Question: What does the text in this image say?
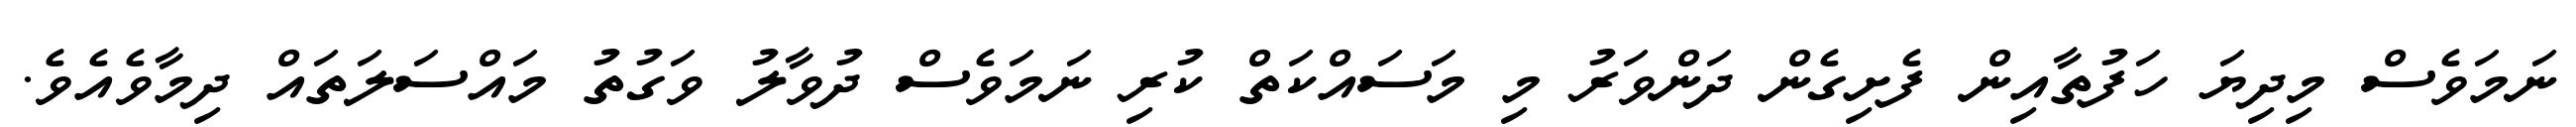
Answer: ނަމަވެސް މިދިޔަ ހަފުތާއިން ފެށިގެން ދަންވަރު މި މަސައްކަތް ކުރި ނަމަވެސް ދުވާލު ވަގުތު މައްސަލަތައް ދިމާވެއެވެ.